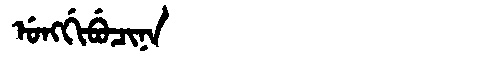
Manchu: ᡠᠩᡤᡳᠪᡠᠴᡳᠨᠠ
Romanization: UNGGIBUCINA